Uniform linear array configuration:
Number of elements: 16
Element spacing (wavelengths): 0.25
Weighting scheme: binomial
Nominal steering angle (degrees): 15
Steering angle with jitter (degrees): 15.229
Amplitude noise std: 0.05
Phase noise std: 0.05

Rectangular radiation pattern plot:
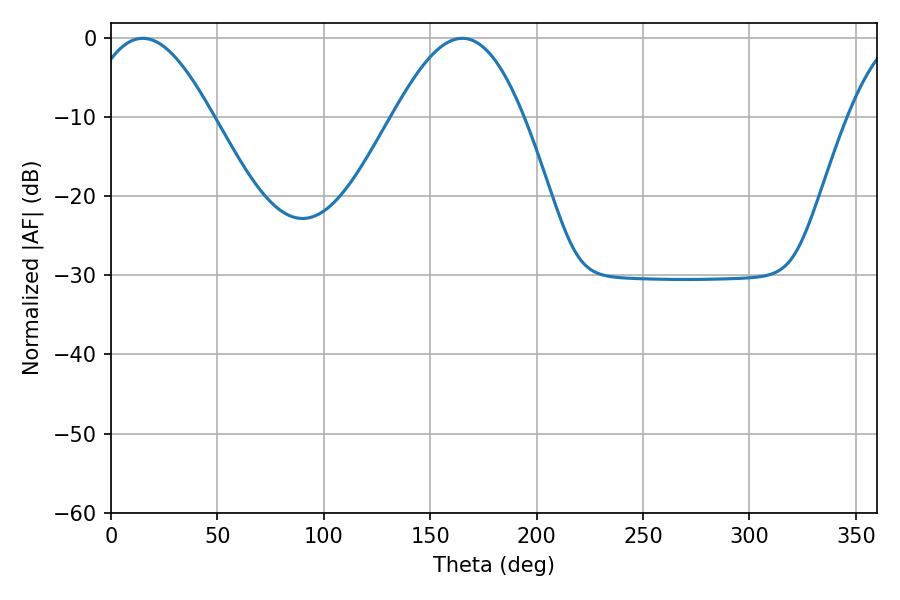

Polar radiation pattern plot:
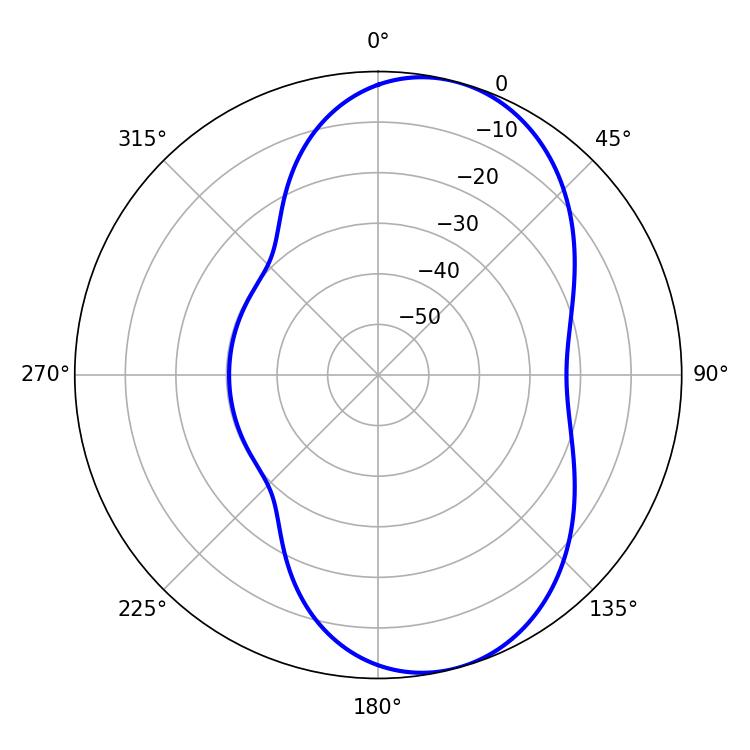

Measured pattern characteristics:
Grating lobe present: FALSE
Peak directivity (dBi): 7.58
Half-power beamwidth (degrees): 32.04
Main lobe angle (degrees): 14.94